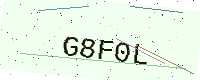
Text: G8F0L